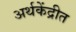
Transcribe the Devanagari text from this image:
अर्थकेंद्रीत